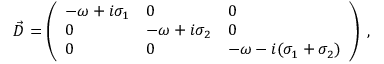
\vec { D } = \left( \begin{array} { l l l } { - { \omega } + i \sigma _ { 1 } } & { 0 } & { 0 } \\ { 0 } & { - { \omega } + i \sigma _ { 2 } } & { 0 } \\ { 0 } & { 0 } & { - { \omega } - i ( \sigma _ { 1 } + \sigma _ { 2 } ) } \end{array} \right) \; ,